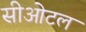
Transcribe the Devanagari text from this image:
सीओटल